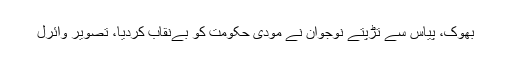
بھوک، پیاس سے تڑپتے نوجوان نے مودی حکومت کو بےنقاب کردیا، تصویر وائرل